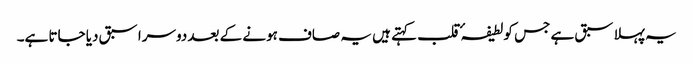
یہ پہلا سبق ہے جس کو لطیفہٴ قلب کہتے ہیں یہ صاف ہونے کے بعد دوسرا سبق دیا جاتا ہے۔